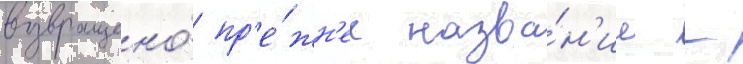
возвращено́ пр'е́жн'ее назва́н'ие -